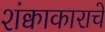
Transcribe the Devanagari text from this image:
शंक्वाकाराचे